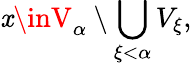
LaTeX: \mathit{x}\inV_{\alpha}\setminus\bigcup_{\xi<\alpha}V_{\xi},